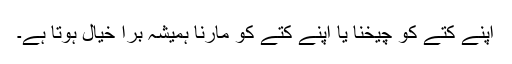
اپنے کتے کو چیخنا یا اپنے کتے کو مارنا ہمیشہ برا خیال ہوتا ہے۔